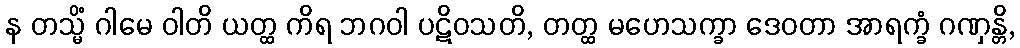
န တသ္မိံ ဂါမေ ဝါတိ ယတ္ထ ကိရ ဘဂဝါ ပဋိဝသတိ, တတ္ထ မဟေသက္ခာ ဒေဝတာ အာရက္ခံ ဂဏှန္တိ,